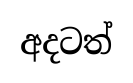
අදටත්